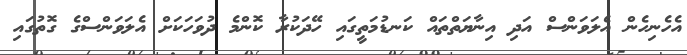
އެހެނިހެން އެލަވަންސް އަދި އިނާޔަތްތައް ކަނޑުމަތީގައި ހޭދަކުރާ ކޮންމެ ދުވަހަކަށް އެލަވަންސްގެ ގޮތުގައި